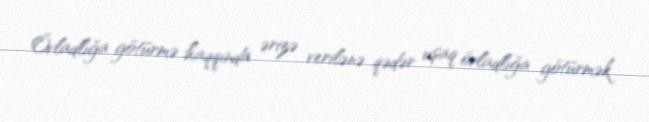
Övladlığa götürmə haqqında ərizə verilənə qədər uşaq övladlığa götürmək